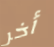
أخر